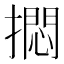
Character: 𪮰